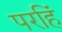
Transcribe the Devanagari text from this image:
परहिं